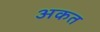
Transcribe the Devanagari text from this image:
अकत